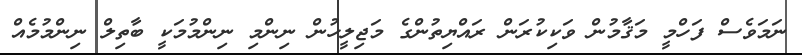
ނަމަވެސް ފަހްމީ މަޤާމުން ވަކިކުރަން ރައްޔިތުންގެ މަޖިލީހުން ނިންމި ނިންމުމަކީ ބާތިލް ނިންމުމެއް